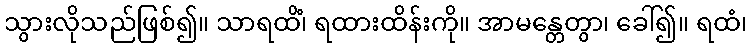
သွားလိုသည်ဖြစ်၍။ သာရထိံ၊ ရထားထိန်းကို။ အာမန္တေတွာ၊ ခေါ်၍။ ရထံ၊